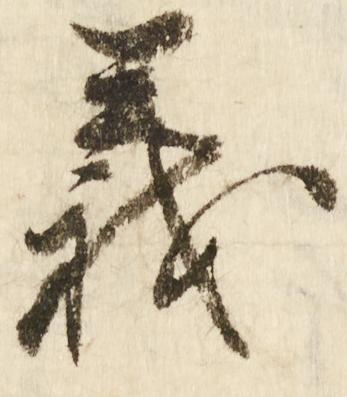
義